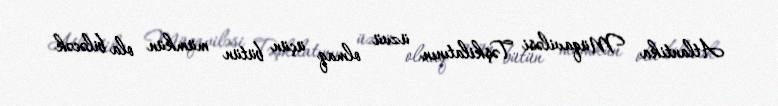
Atlantika Müqaviləsi Təşkilatının üzvü olmaq üçün bütün mümkün ola biləcək